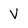
Character: V